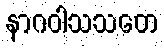
နာဂဝါသသတေ